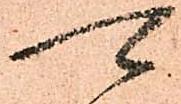
可